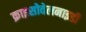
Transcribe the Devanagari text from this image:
क्राइसोवेलनाइडी